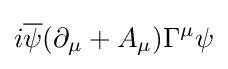
i{\overline {\psi }}(\partial _{\mu }+A_{\mu })\Gamma ^{\mu }\psi